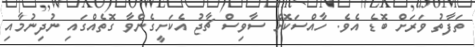
ތަފާތު ވަރަށް ބޮޑެ އެވެ. ހާއްސަކޮށް ސާވިސް ޗާޖު އެކަށީގެންވާ ގޮތެއްގައި ނުދިނުމާއި